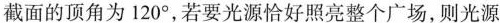
截面的顶角为120°，若要光源恰好照亮整个广场，则光源